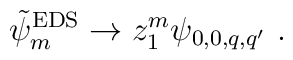
\tilde\psi^{\rm EDS}_m \to z_1^m \psi_{0,0,q,q'}\ .